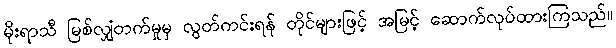
မိုးရာသီ မြစ်လျှံတက်မှုမှ လွတ်ကင်းရန် တိုင်များဖြင့် အမြင့် ဆောက်လုပ်ထားကြသည်။